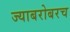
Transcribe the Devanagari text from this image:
ज्याबरोबरच